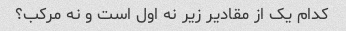
کدام یک از مقادیر زیر نه اول است و نه مرکب؟